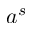
a ^ { s }